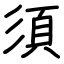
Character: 須